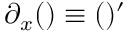
\partial _ { x } ( ) \equiv ( ) ^ { \prime }